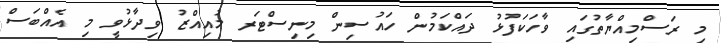
މި ރަސްމިއްޔާތުގައި ވާހަކަފުޅު ދައްކަމުން ހައުސިން މިނިސްޓަރ މުއިއްޒު ވިދާޅުވީ މި އެއްބަސް